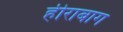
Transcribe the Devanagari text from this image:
हीराबाग